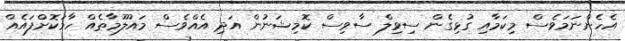
އެހެންނަމަވެސް މިކަމާއި ގުޅިގެން ސިވިލް ސާވިސް ކޮމިޝަނުން އަދި އެއްވެސް މައުލޫމާތެއް ހާމަކޮށްފައެއް